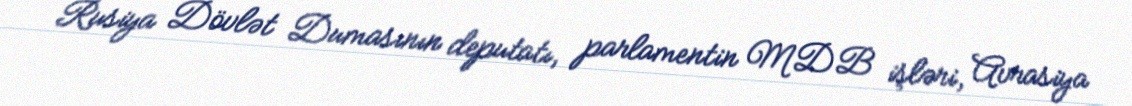
Rusiya Dövlət Dumasının deputatı, parlamentin MDB işləri, Avrasiya